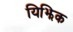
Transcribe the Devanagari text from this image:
यिझिक